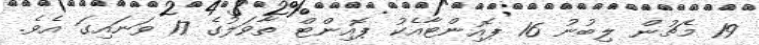
19 މެޗުން ލިބުނު 16 ޕޮއިންޓާއެކު ޕޮއިންޓް ތާވަލުގެ 17 ވަނައިގަ އެވެ.